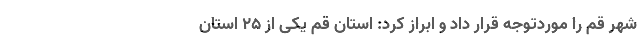
شهر قم را موردتوجه قرار داد و ابراز کرد: استان قم یکی از 25 استان